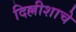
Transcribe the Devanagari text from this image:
दिल्लीशाचे